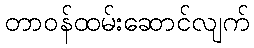
တာဝန်ထမ်းဆောင်လျက်